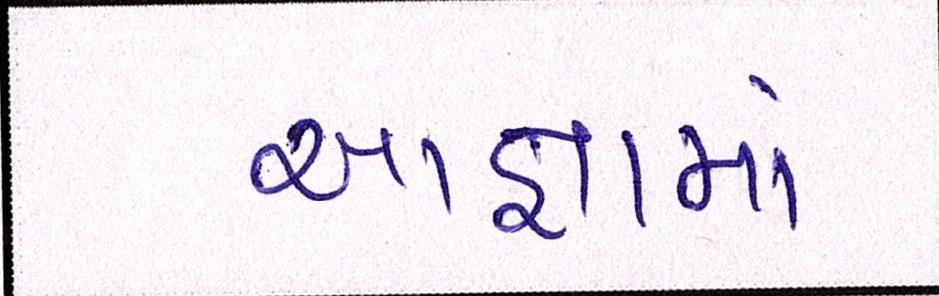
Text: આજ્ઞામાં